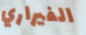
الفيراري